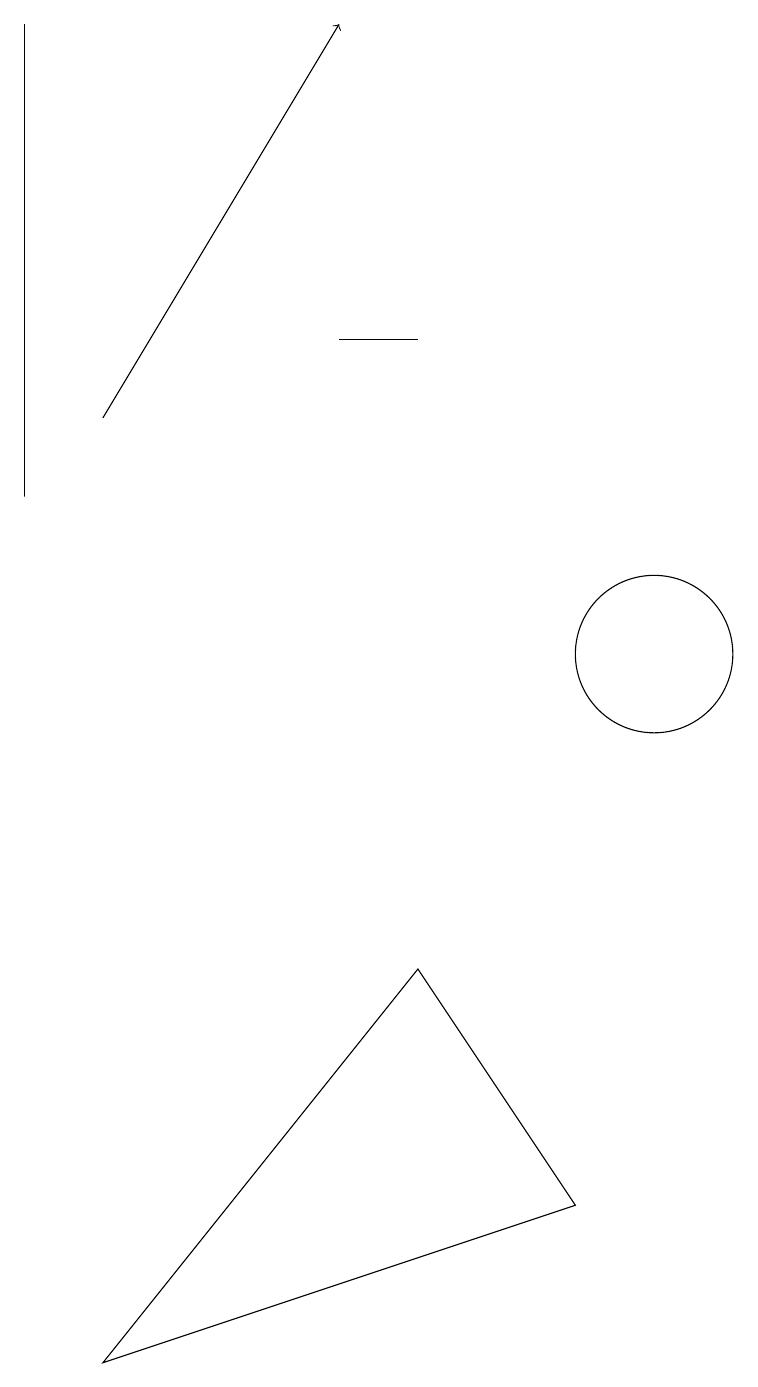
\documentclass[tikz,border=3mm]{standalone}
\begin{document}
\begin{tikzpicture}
\draw (7,14) rectangle (6,14);
\draw (2,12) rectangle (2,18);
\draw[->] (3,13) -- (6,18);
\draw (10,10) circle (1);
\draw (7,6) -- (9,3) -- (3,1) -- cycle;
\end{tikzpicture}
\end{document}